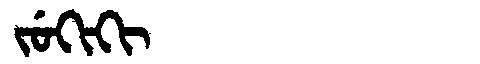
Manchu: ᠵᡠᡴᡳᡴᡳ
Romanization: JUKIKI